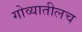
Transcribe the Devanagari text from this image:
गोव्यातीलच